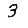
Digit: 3